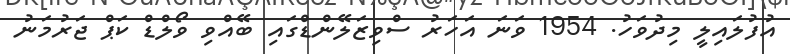
އުފުލައިލީ މިދުވަހު. 1954 ވަނަ އަހަރު ސްވިޒަލޭންޑްގައި ބޭއްވި ވޯލްޑް ކަޕް ޖަރުމަނު